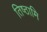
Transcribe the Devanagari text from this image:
तिष्‍ठामि